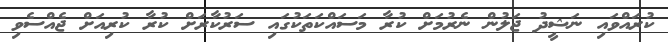
ކުރައްވައި ނަޝީދު ޖަލުން ނެރުމަށް ކުރާ މަސައްކަތަކުގައި ސަރުކާރަށް ކުރާ ކުރިއަށް ޖެއްސެވި